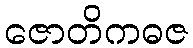
ဇောတိကဓဇ